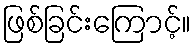
ဖြစ်ခြင်းကြောင့်။